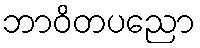
ဘာဝိတပညော